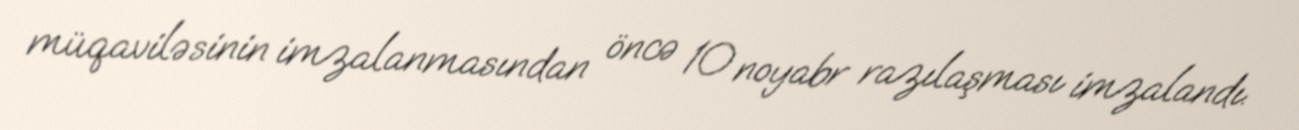
müqaviləsinin imzalanmasından öncə 10 noyabr razılaşması imzalandı.